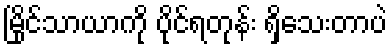
မြိုင်သာယာကို ပိုင်ရတုန်း ရှိသေးတာပဲ